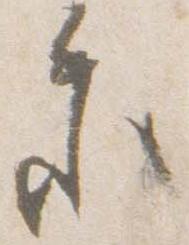
参